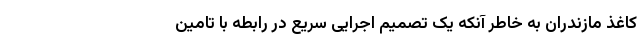
کاغذ مازندران به خاطر آنکه یک تصمیم اجرایی سریع در رابطه با تامین